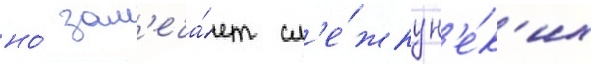
но́ зам'еча́ет сл'е́жку н'е́к'их